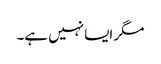
مگر ایسا نہیں ہے۔